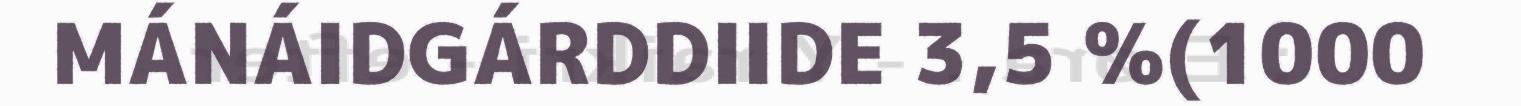
MÁNÁIDGÁRDDIIDE 3,5 %(1000